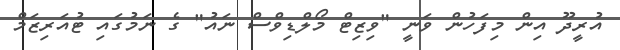
އުރީދޫ އިން މިފަހުން ވަނީ "ވިޒިޓް މޯލްޑިވްސް ނައު" ގެ ނަމުގައި ޓުއަރިޒަމް